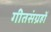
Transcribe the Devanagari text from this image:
गीतसंग्रहों